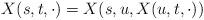
LaTeX: \begin{align*}X(s,t,\cdot) = X(s,u,X(u,t,\cdot)) \end{align*}